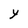
Character: Y